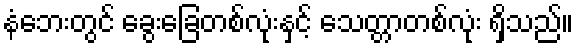
နံဘေးတွင် ခွေးခြေတစ်လုံးနှင့် သေတ္တာတစ်လုံး ရှိသည်။